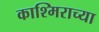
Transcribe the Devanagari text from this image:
काश्मिराच्या